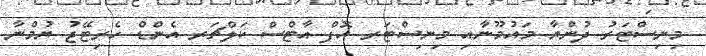
މިނިސްޓަރު ދުންޔާ މައުމޫނާއި މިނިސްޓަރ އޮފް އާޓްސް ކަލްޗަރ އެންޑް ހެރިޓޭޖު ޔުމްނާ